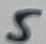
Text: 5